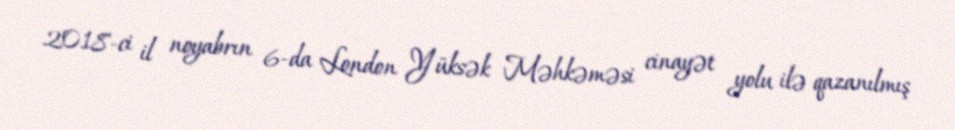
2018-ci il noyabrın 6-da London Yüksək Məhkəməsi cinayət yolu ilə qazanılmış